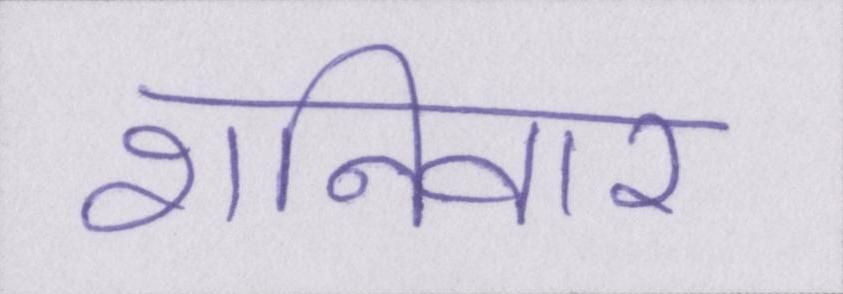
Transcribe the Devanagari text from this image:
शनिवार